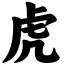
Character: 虎